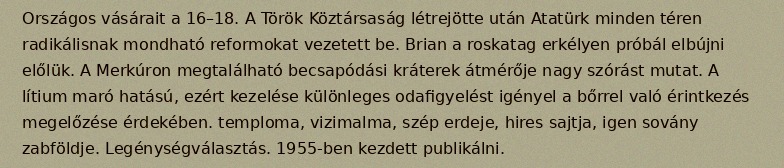
Országos vásárait a 16–18. A Török Köztársaság létrejötte után Atatürk minden téren radikálisnak mondható reformokat vezetett be. Brian a roskatag erkélyen próbál elbújni előlük. A Merkúron megtalálható becsapódási kráterek átmérője nagy szórást mutat. A lítium maró hatású, ezért kezelése különleges odafigyelést igényel a bőrrel való érintkezés megelőzése érdekében. temploma, vizimalma, szép erdeje, hires sajtja, igen sovány zabföldje. Legénységválasztás. 1955-ben kezdett publikálni.